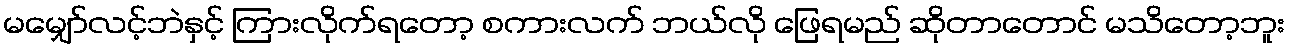
မမျှော်လင့်ဘဲနှင့် ကြားလိုက်ရတော့ စကားလက် ဘယ်လို ဖြေရမည် ဆိုတာတောင် မသိတော့ဘူး